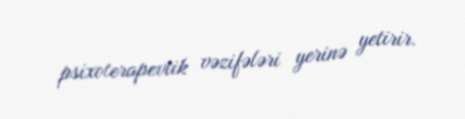
psixoterapevtik vəzifələri yerinə yetirir.